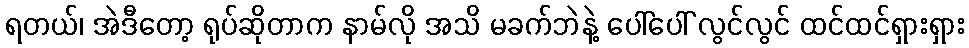
ရတယ်၊ အဲဒီတော့ ရုပ်ဆိုတာက နာမ်လို အသိ မခက်ဘဲနဲ့ ပေါ်ပေါ် လွင်လွင် ထင်ထင်ရှားရှား